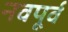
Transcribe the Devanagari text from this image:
नवपूर्व